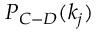
P _ { C - D } ( k _ { j } )